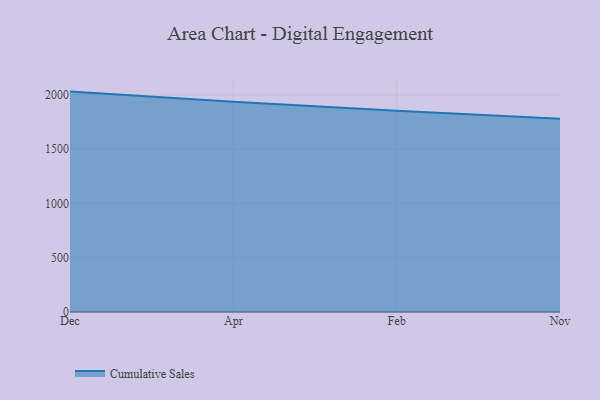
{"axis": {"x": "Month", "y": "Budget (USD K)"}, "legend": ["Cumulative Sales"], "data": [{"x": "Dec", "y": 2029.5, "type": "Cumulative Sales"}, {"x": "Apr", "y": 1936.4, "type": "Cumulative Sales"}, {"x": "Feb", "y": 1853.4, "type": "Cumulative Sales"}, {"x": "Nov", "y": 1780.4, "type": "Cumulative Sales"}]}